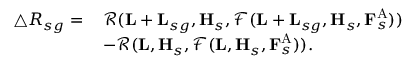
\begin{array} { r l } { \triangle R _ { s g } = \, } & { \mathcal { R } ( \mathbf { L } + \mathbf { L } _ { s g } , \mathbf { H } _ { s } , \mathcal { F } ( \mathbf { L } + \mathbf { L } _ { s g } , \mathbf { H } _ { s } , \mathbf { F } _ { s } ^ { \mathrm { A } } ) ) } \\ & { - \mathcal { R } ( \mathbf { L } , \mathbf { H } _ { s } , \mathcal { F } ( \mathbf { L } , \mathbf { H } _ { s } , \mathbf { F } _ { s } ^ { \mathrm { A } } ) ) . } \end{array}